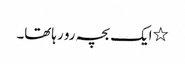
٭ایک بچہ رو رہاتھا۔